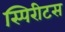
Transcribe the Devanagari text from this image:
स्पिरीटस